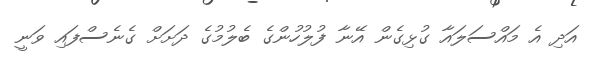
އަދި އެ މައްސަލައާ ގުޅިގެން އޭނާ ފުލުހުންގެ ބެލުމުގެ ދަށަށް ގެނެސްފައި ވަނީ